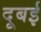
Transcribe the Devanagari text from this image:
दूबई